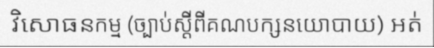
វិសោធនកម្ម (ច្បាប់ស្តីពីគណបក្សនយោបាយ) អត់